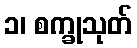
၁၊ စက္ခုသုတ်